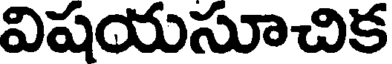
విషయసూచిక